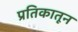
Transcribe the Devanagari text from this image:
प्रतिकातून